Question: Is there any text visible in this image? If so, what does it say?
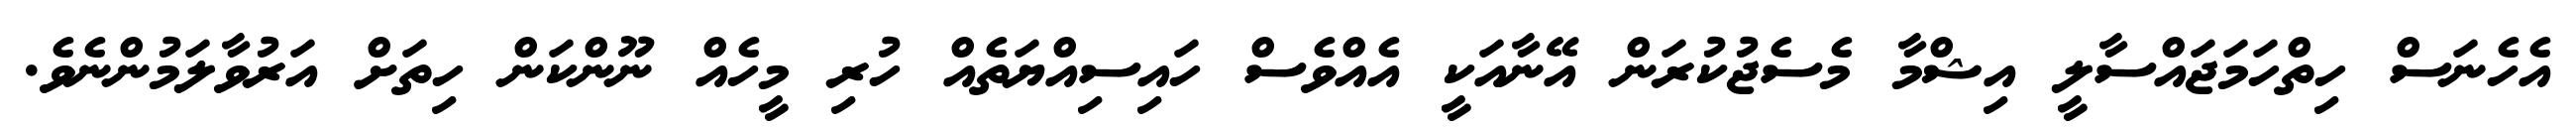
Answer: އެހެނަސް ހިތްހަމަޖައްސާލީ އިޝްމާ މެސެޖުކުރަން އޭނާއަކީ އެއްވެސް ހައިސިއްޔަތެއް ހުރި މީހެއް ނޫންކަން ހިތަށް އަރުވާލަމުންނެވެ.